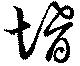
壻